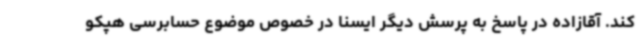
کند. آقازاده در پاسخ به پرسش دیگر ایسنا در خصوص موضوع حسابرسی هپکو